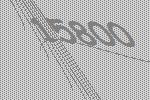
15800